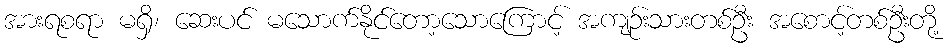
အားရစရာ မရှိ၊ ဆေးပင် မသောက်နိုင်တော့သောကြောင့် အကျဉ်းသားတစ်ဦး အစောင့်တစ်ဦးတို့